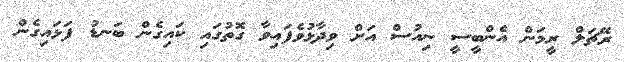
ރޭޗަލް ރީމަން އެންބީސީ ނިއުސް އަށް ވިދާޅުވެފައިވާ ގޮތުގައި ކައިގެން ބަނޑު ފަޅައިގެން